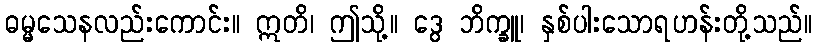
ဓမ္မသေနလည်းကောင်း။ ဣတိ၊ ဤသို့။ ဒွေ ဘိက္ခူ၊ နှစ်ပါးသောရဟန်းတို့သည်။